Annual returns of the Patna Lunatic Asylum at Bankipore in Bihar and Orissa - 1912-1924
Year: 1912
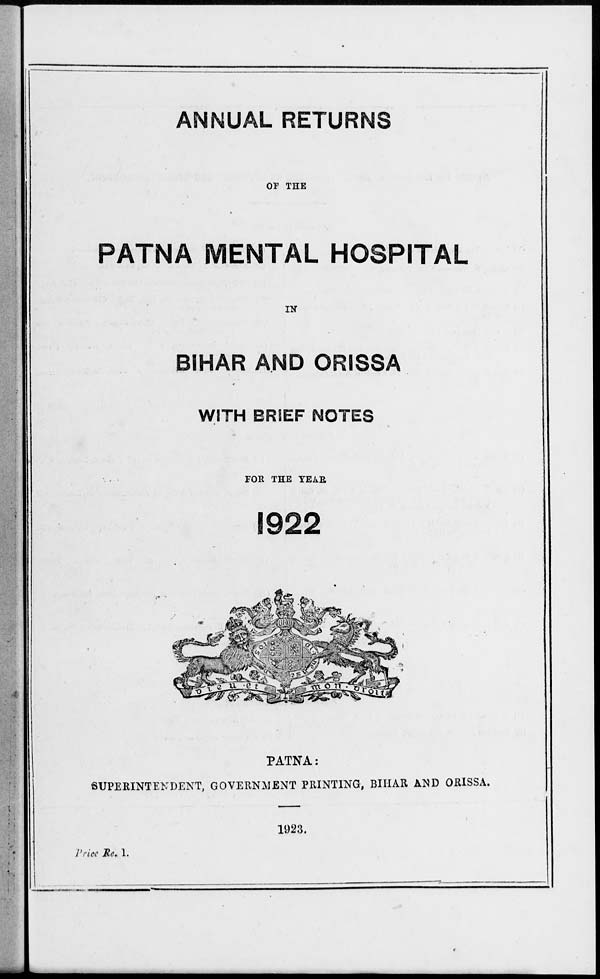
ANNUAL RETURNS
OF THE
PATNA MENTAL HOSPITAL
IN
BIHAR AND ORISSA
WITH BRIEF NOTES
FOR THE YEAR
1922
PATNA:
SUPERINTENDENT, GOVERNMENT PRINTING, BIHAR AND ORISSA.
1923.
Price Re. 1.